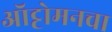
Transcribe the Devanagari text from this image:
ऑट्टोमनचा